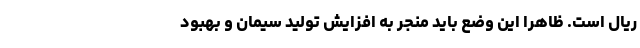
ریال است. ظاهراً این وضع باید منجر به افزایش تولید سیمان و بهبود